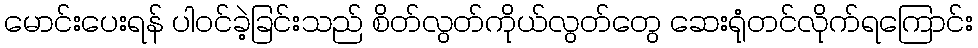
မောင်းပေးရန် ပါဝင်ခဲ့ခြင်းသည် စိတ်လွတ်ကိုယ်လွတ်တွေ ဆေးရုံတင်လိုက်ရကြောင်း